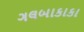
ગલબાકાકા